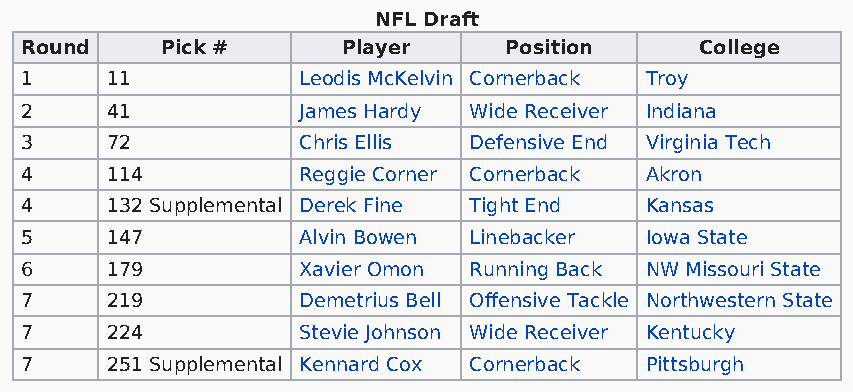
NFL Draft
 Round     Pick #      Player    Position     College
 1     11           Leodis McKelvin Cornerback Troy
 2     41           James Hardy Wide Receiver Indiana
 3     72           Chris Ellis Defensive End Virginia Tech
 4     114          Reggie Corner Cornerback Akron
 4     132 Supplemental Derek Fine Tight End Kansas
 5     147          Alvin Bowen Linebacker Iowa State
 6     179          Xavier Omon Running Back NW Missouri State
 7     219          Demetrius Bell Offensive Tackle Northwestern State
 7     224          Stevie Johnson Wide Receiver Kentucky
 7     251 Supplemental Kennard Cox Cornerback Pittsburgh